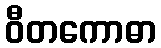
ဝီတကောဓာ